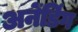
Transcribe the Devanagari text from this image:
अनेंडिंग